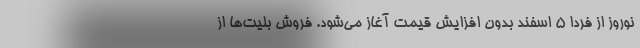
نوروز از فردا 5 اسفند بدون افزایش قیمت آغاز می‌شود. فروش بلیت‌ها از